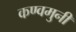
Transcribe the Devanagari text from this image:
कण्वमुनी